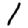
Digit: 1